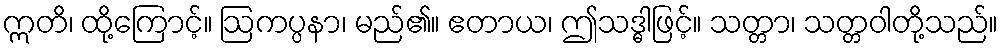
ဣတိ၊ ထို့ကြောင့်။ ဩကပ္ပနာ၊ မည်၏။ ဧတာယ၊ ဤသဒ္ဓါဖြင့်။ သတ္တာ၊ သတ္တဝါတို့သည်။